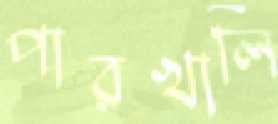
পারখালি